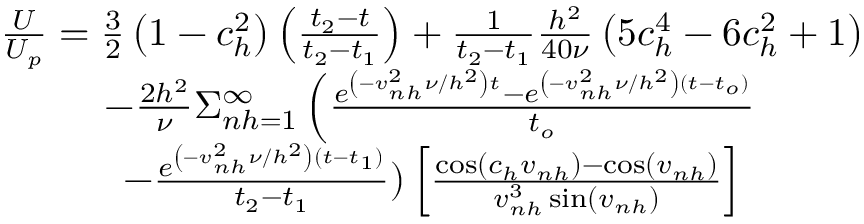
\begin{array} { c } { { \frac { U } { U _ { p } } = \frac { 3 } { 2 } \left( 1 - c _ { h } ^ { 2 } \right) \left( \frac { t _ { 2 } - t } { t _ { 2 } - t _ { 1 } } \right) + \frac { 1 } { t _ { 2 } - t _ { 1 } } \frac { h ^ { 2 } } { 4 0 \nu } \left( 5 c _ { h } ^ { 4 } - 6 c _ { h } ^ { 2 } + 1 \right) } } \\ { { - \frac { 2 h ^ { 2 } } { \nu } \Sigma _ { n h = 1 } ^ { \infty } \left( \frac { e ^ { \left( - v _ { n h } ^ { 2 } \nu / h ^ { 2 } \right) t } - e ^ { \left( - v _ { n h } ^ { 2 } \nu / h ^ { 2 } \right) \left( t - t _ { o } \right) } } { t _ { o } } \right. } } \\ { { - \frac { e ^ { \left( - v _ { n h } ^ { 2 } \nu / h ^ { 2 } \right) \left( t - t _ { 1 } \right) } } { t _ { 2 } - t _ { 1 } } ) \left[ \frac { \cos \left( c _ { h } v _ { n h } \right) - \cos \left( v _ { n h } \right) } { v _ { n h } ^ { 3 } \sin \left( v _ { n h } \right) } \right] } } \end{array}